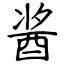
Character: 酱